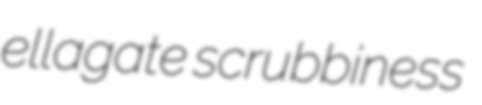
ellagate scrubbiness